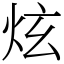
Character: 炫